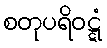
စတုပရိဝဋ္ဋံ